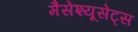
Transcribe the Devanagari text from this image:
मैसेश्यूसेट्स